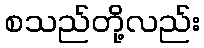
စသည်တို့လည်း